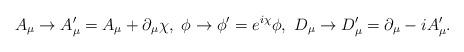
LaTeX: \begin{align*}A_{\mu}\rightarrow A_{\mu}'=A_{\mu}+\partial_{\mu}\chi,\ \phi\rightarrow \phi'=e^{i\chi}\phi,\ D_{\mu}\rightarrow D_{\mu}'=\partial_{\mu}-iA_{\mu}'.\end{align*}